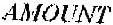
AMOUNT